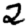
Digit: 2